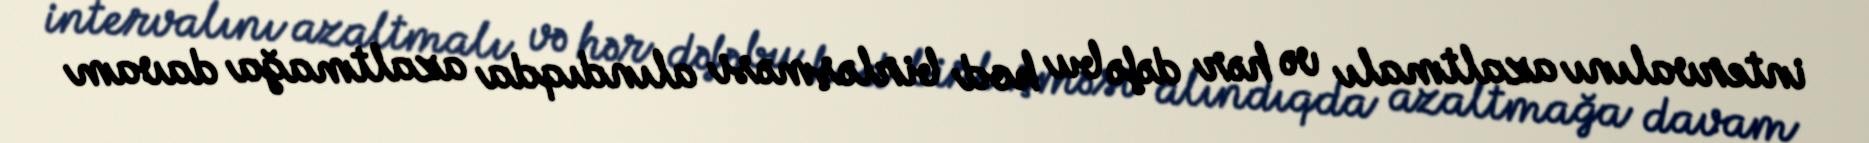
intervalını azaltmalı və hər dəfə bu kod birləşməsi alındıqda azaltmağa davam